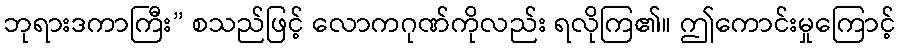
ဘုရားဒကာကြီး” စသည်ဖြင့် လောကဂုဏ်ကိုလည်း ရလိုကြ၏။ ဤကောင်းမှုကြောင့်